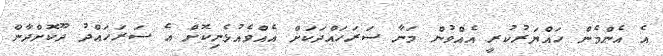
އެ އެންމެން ހައްޔަރުކުރީ އެއްވުން މަނާ ސަރަހައްދަކަށް އެއްވެއުޅެނިކޮށް އެ ސަރަހައްދު ދޫކޮށްދާން